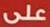
على